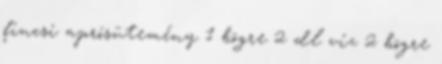
fincsi aprósütemény 1 bögre 2 dl víz 2 bögre